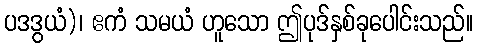
ပဒဒွယံ)၊ ဧကံ သမယံ ဟူသော ဤပုဒ်နှစ်ခုပေါင်းသည်။